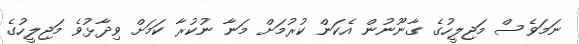
ނަަމަވެސް މަޖިލީހުގެ ގާނޫނުން އެކަން ކުރުމަށް މަނާ ނުކުރާ ކަމަށް ވިދާޅުވެ މަޖިލީހުގެ